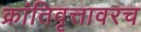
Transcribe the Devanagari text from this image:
क्रांतिवृत्तावरच